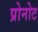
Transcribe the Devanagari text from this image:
प्रोनोट